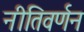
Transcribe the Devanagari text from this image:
नीतिवर्णन